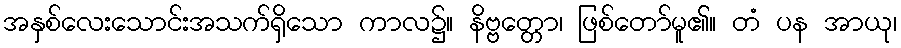
အနှစ်လေးသောင်းအသက်ရှိသော ကာလ၌။ နိဗ္ဗတ္တော၊ ဖြစ်တော်မူ၏။ တံ ပန အာယု၊